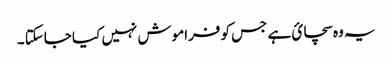
یہ وہ سچائ ہے جس کو فراموش نہیں کیا جاسکتا ۔